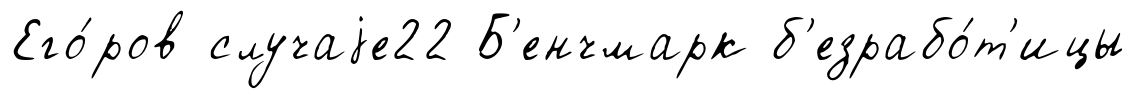
Его́ров случаjе22 Б'енчмарк б'езрабо́т'ицы